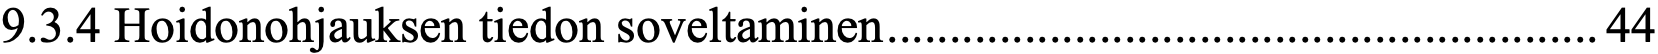
9.3.4 Hoidonohjauksen tiedon soveltaminen ......................................................... 44